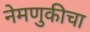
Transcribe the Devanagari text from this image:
नेमणुकीचा